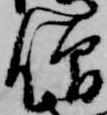
僧